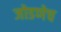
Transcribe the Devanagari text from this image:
जोडणेच